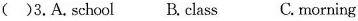
()3.A.school B.class C.morning